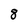
Character: 8